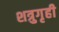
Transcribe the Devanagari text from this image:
शत्रुगृही